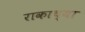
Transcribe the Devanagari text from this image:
राकाच्या